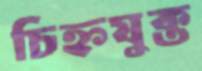
চিহ্নযুক্ত